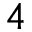
4